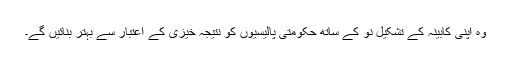
وہ اپنی کابینہ کے تشکیلِ نو کے ساتھ حکومتی پالیسیوں کو نتیجہ خیزی کے اعتبار سے بہتر بنائیں گے۔